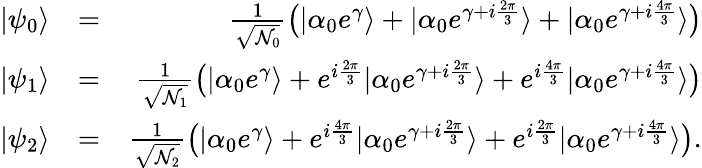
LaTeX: \begin{array}{rlr}{|\psi_{0}\rangle}&{=}&{\frac{1}{\sqrt{\mathcal{N}_{0}}}\big(|\alpha_{0}e^{\gamma}\rangle+|\alpha_{0}e^{\gamma+i\frac{2\pi}{3}}\rangle+|\alpha_{0}e^{\gamma+i\frac{4\pi}{3}}\rangle\big)}\\ {|\psi_{1}\rangle}&{=}&{\frac{1}{\sqrt{\mathcal{N}_{1}}}\big(|\alpha_{0}e^{\gamma}\rangle+e^{i\frac{2\pi}{3}}|\alpha_{0}e^{\gamma+i\frac{2\pi}{3}}\rangle+e^{i\frac{4\pi}{3}}|\alpha_{0}e^{\gamma+i\frac{4\pi}{3}}\rangle\big)}\\ {|\psi_{2}\rangle}&{=}&{\frac{1}{\sqrt{\mathcal{N}_{2}}}\big(|\alpha_{0}e^{\gamma}\rangle+e^{i\frac{4\pi}{3}}|\alpha_{0}e^{\gamma+i\frac{2\pi}{3}}\rangle+e^{i\frac{2\pi}{3}}|\alpha_{0}e^{\gamma+i\frac{4\pi}{3}}\rangle\big).}\end{array}